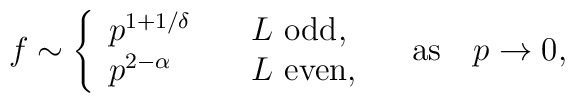
f \sim \left\{ \begin{array}{ll}                 p^{1 + 1/\delta} & \quad \mbox{$L$ odd}, \\                 p^{2 - \alpha}   & \quad \mbox{$L$ even},             \end{array} \right. \quad \mbox{as} \quad p \to 0,